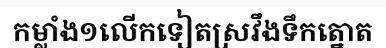
កម្លាំង១លើកទៀតស្រវឹងទឹកត្នោត